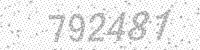
Solution: 792481